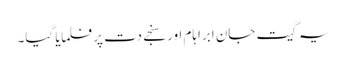
یہ گیت جان ابراہام اور سنجے دت پر فلمایا گیا۔